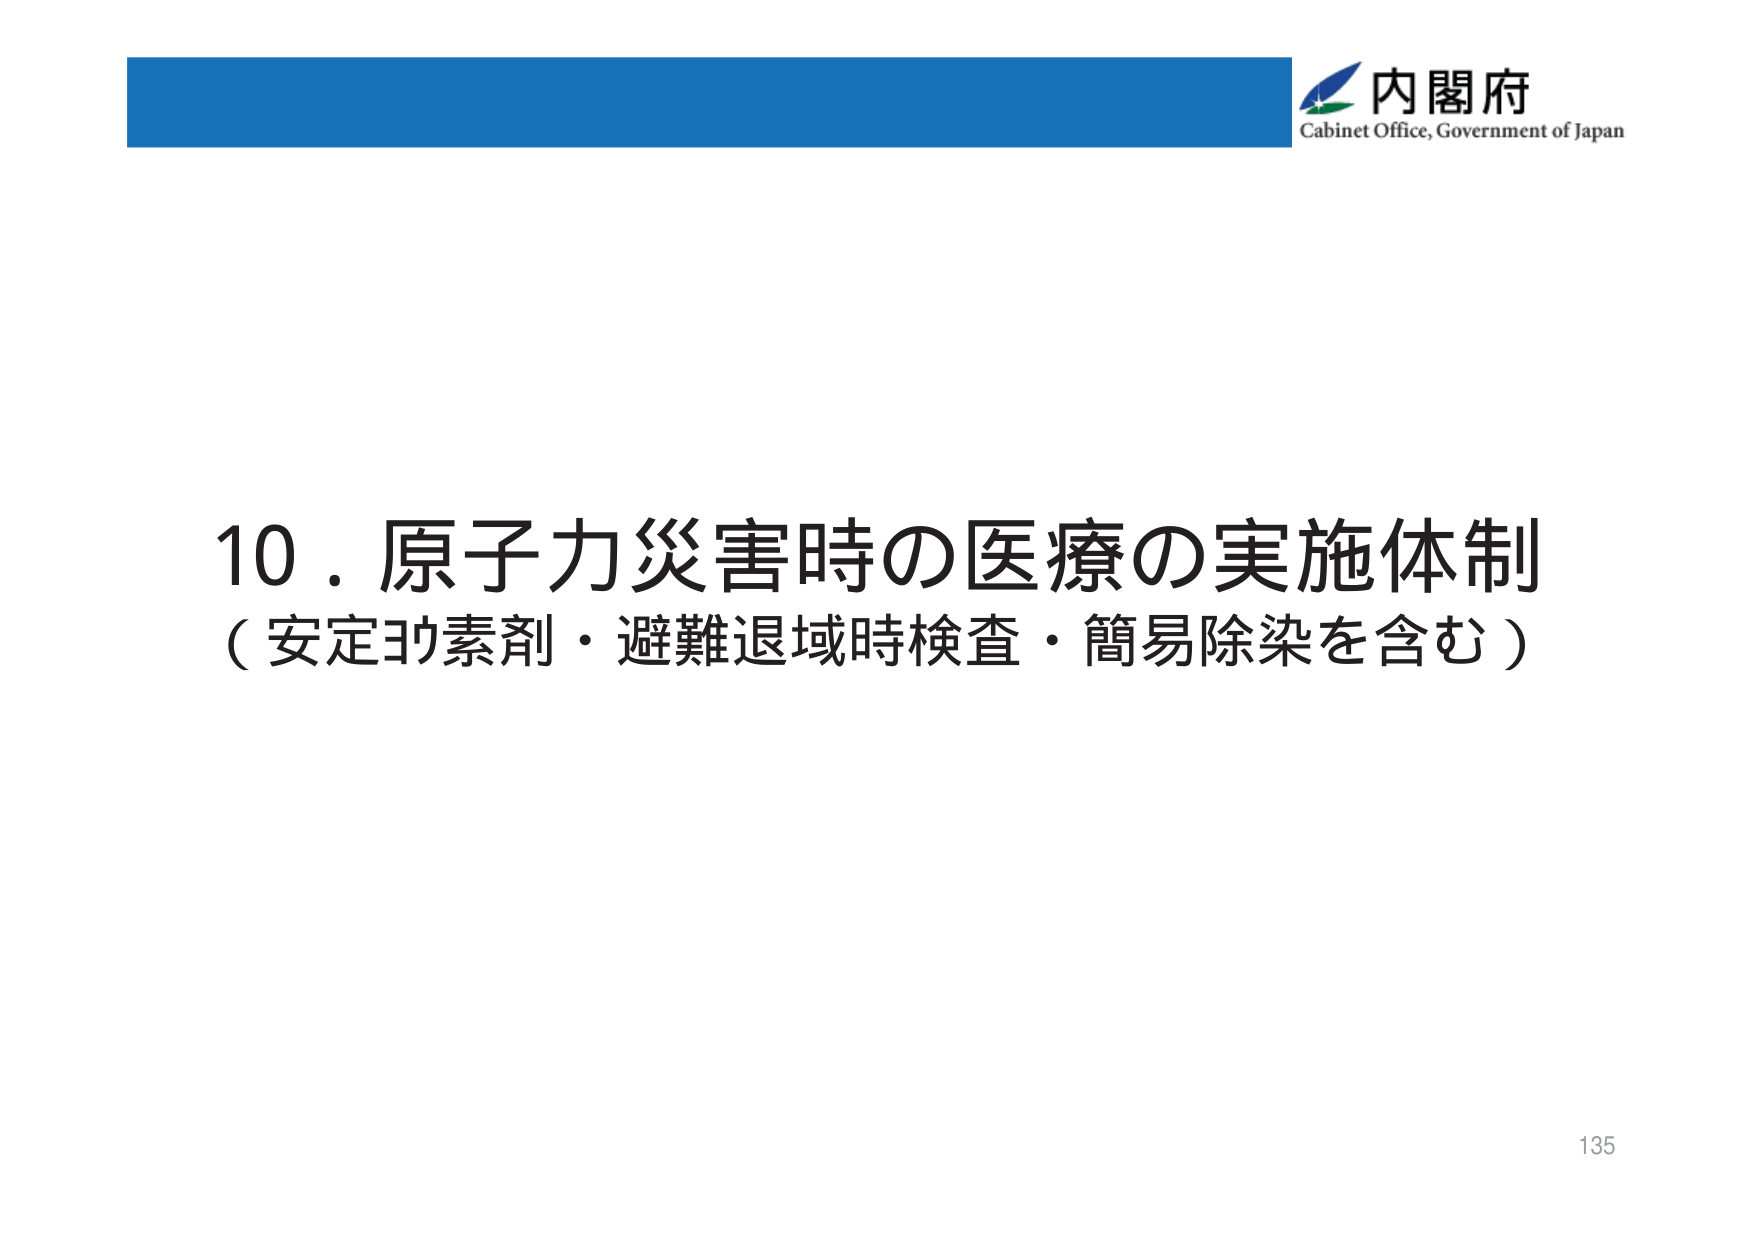
内閣府
Cabinet Office, Government of Japan

10．原子力災害時の医療の実施体制
（安定ヨウ素剤・避難退域時検査・簡易除染を含む）

135